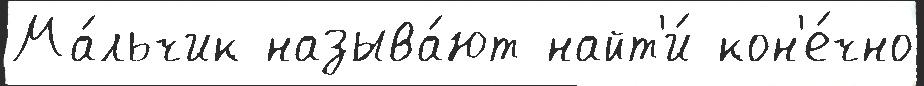
Ма́льчик называ́ют найт'и́ кон'е́чно